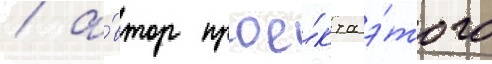
/ а́втор прое́кта э́того